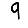
Digit: 9